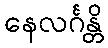
နေလင်္ဂန္တိ